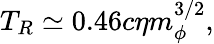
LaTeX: T_{R}\simeq 0.46c\eta m_{\phi}^{3/2},